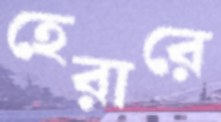
হেরারে